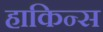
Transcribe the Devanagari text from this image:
हाकिन्स